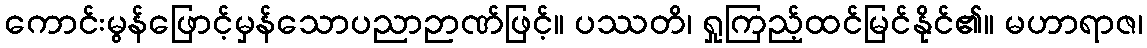
ကောင်းမွန်ဖြောင့်မှန်သောပညာဉာဏ်ဖြင့်။ ပဿတိ၊ ရှုကြည့်ထင်မြင်နိုင်၏။ မဟာရာဇ၊